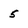
Character: 5